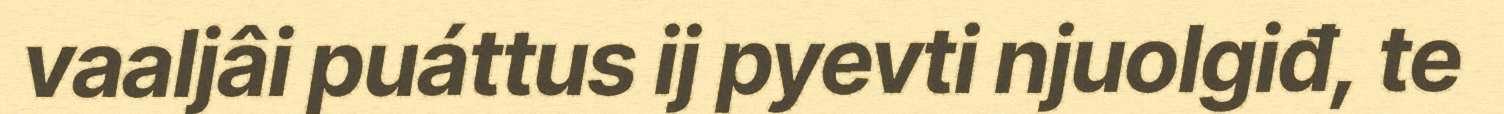
vaaljâi puáttus ij pyevti njuolgiđ, te